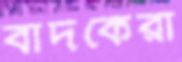
বাদকেরা